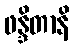
ဖန္ဒိတာနိ